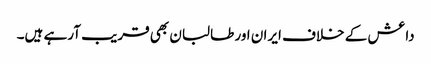
داعش کے خلاف ایران اور طالبان بھی قریب آرہے ہیں۔